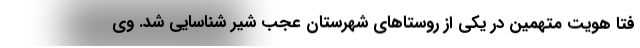
فتا هویت متهمین در یکی از روستاهای شهرستان عجب شیر شناسایی شد. وی